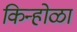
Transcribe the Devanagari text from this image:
किन्होळा